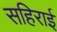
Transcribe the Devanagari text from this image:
सहिराई